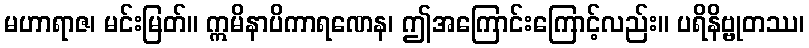
မဟာရာဇ၊ မင်းမြတ်။ ဣမိနာပိကာရဏေန၊ ဤအကြောင်းကြောင့်လည်း။ ပရိနိဗ္ဗုတဿ၊